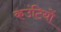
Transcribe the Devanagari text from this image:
कउंटियों